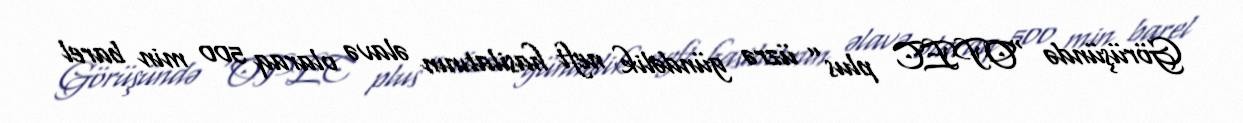
Görüşündə “OPEC plus” üzrə gündəlik neft hasilatının əlavə olaraq 500 min barel